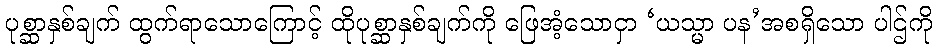
ပုစ္ဆာနှစ်ချက် ထွက်ရာသောကြောင့် ထိုပုစ္ဆာနှစ်ချက်ကို ဖြေအံ့သောငှာ ‘ယသ္မာ ပန’အစရှိသော ပါဌ်ကို